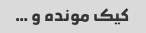
کیک مونده و …